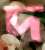
দ